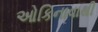
ઓકિનાવાથી